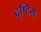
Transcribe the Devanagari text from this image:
दृष्‍टिसे